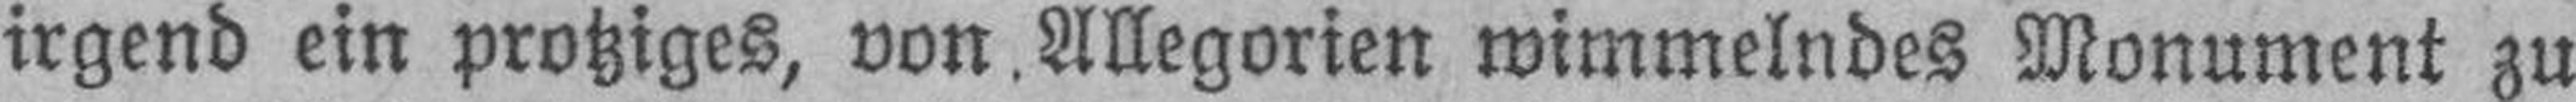
irgend ein protziges, von Allegorien wimmelndes Monument zu